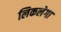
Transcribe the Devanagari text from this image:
लिकलेगा